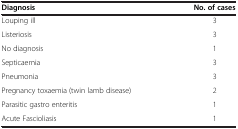
<table><thead><tr><td><b>Diagnosis</b></td><td><b>No.of cases</b></td></tr></thead><tbody><tr><td>Louping ill</td><td>3</td></tr><tr><td>Listeriosis</td><td>3</td></tr><tr><td>No diagnosis</td><td>1</td></tr><tr><td>Septicaemia</td><td>3</td></tr><tr><td>Pneumonia</td><td>3</td></tr><tr><td>Pregnancy toxaemia (twin lamb disease)</td><td>2</td></tr><tr><td>Parasitic gastro enteritis</td><td>1</td></tr><tr><td>Acute Fascioliasis</td><td>1</td></tr></tbody></table>